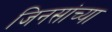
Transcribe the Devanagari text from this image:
जिनसांच्या